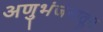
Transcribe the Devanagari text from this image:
अणुभंजनातून